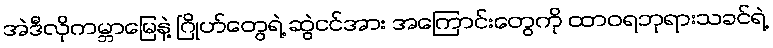
အဲဒီလိုကမ္ဘာမြေနဲ့ ဂြိုဟ်တွေရဲ့ ဆွဲငင်အား အကြောင်းတွေကို ထာဝရဘုရားသခင်ရဲ့